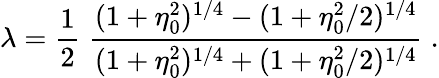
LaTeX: \lambda=\frac 12\; {\frac{(1+\eta_{0}^{2})^{1/4}-(1+\eta_{0}^{2}/2)^{1/4}}{(1+\eta_{0}^{2})^{1/4}+(1+\eta_{0}^{2}/2)^{1/4}}}\; .